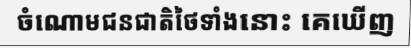
ចំណោមជនជាតិថៃទាំងនោះ គេឃើញ